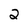
Character: 2